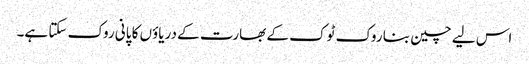
اس لیے چین بنا روک ٹوک کے بھارت کے دریاؤں کا پانی روک سکتا ہے۔